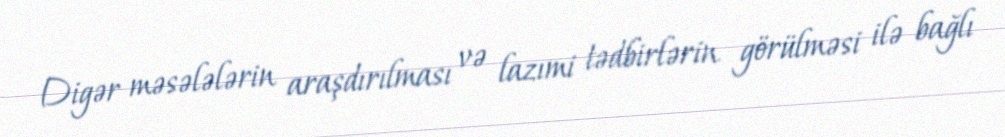
Digər məsələlərin araşdırılması və lazımi tədbirlərin görülməsi ilə bağlı